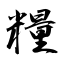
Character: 糧